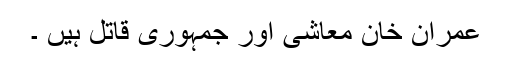
عمران خان معاشی اور جمہوری قاتل ہیں ۔